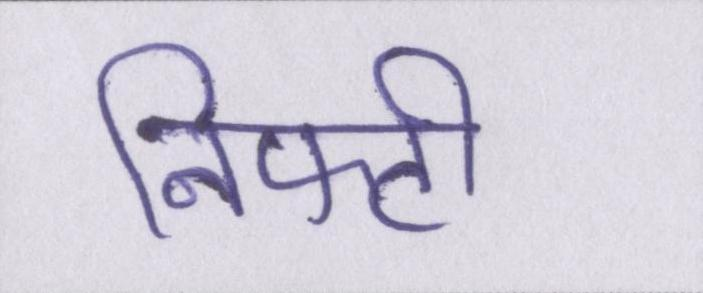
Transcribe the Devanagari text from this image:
निफ्टी